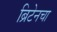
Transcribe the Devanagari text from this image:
ब्रिटेनचा